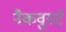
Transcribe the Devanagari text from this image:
नैकवुर्स्ट